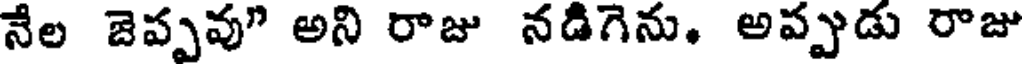
నేల జెప్పవు" అని రాజు నడిగెను, అప్పుడు రాజు